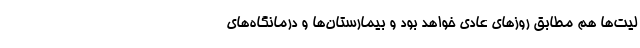
لیت‌ها هم مطابق روزهای عادی خواهد بود و بیمارستان‌ها و درمانگاه‌های